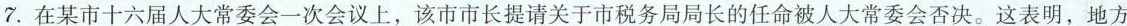
7.在某市十六届人大常委会一次会议上，该市市长提请关于市税务局局长的任命被人大常委会否决。这表明，地方